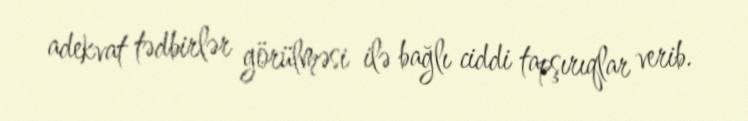
adekvat tədbirlər görülməsi ilə bağlı ciddi tapşırıqlar verib.